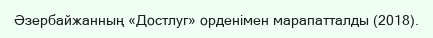
Әзербайжанның «Достлуг» орденімен марапатталды (2018).